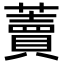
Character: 藚